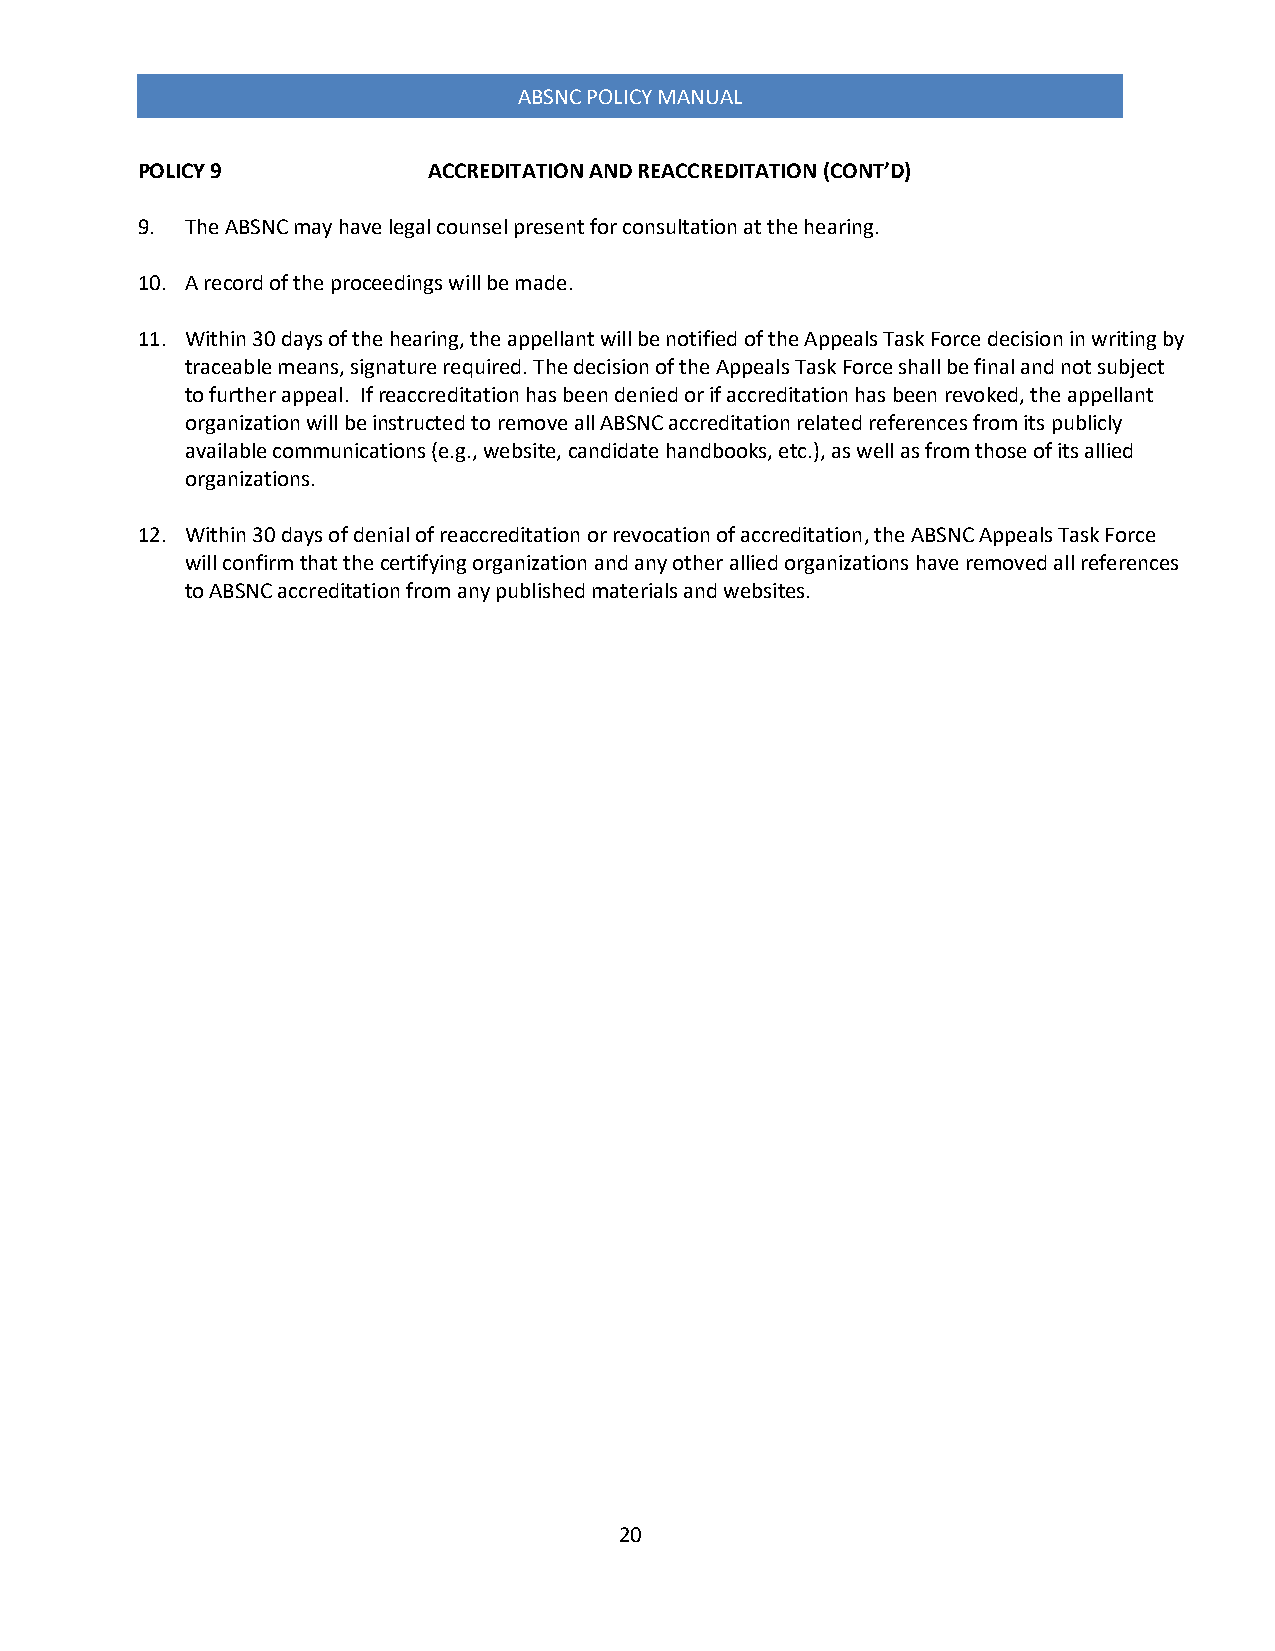
ABSNC POLICY MANUAL
 POLICY 9           ACCREDITATION AND REACCREDITATION (CONT’D)
 9. The ABSNC may have legal counsel present for consultation at the hearing.
 10. A record of the proceedings will be made.
 11. Within 30 days of the hearing, the appellant will be notified of the Appeals Task Force decision in writing by
 traceable means, signature required. The decision of the Appeals Task Force shall be final and not subject
 to further appeal. If reaccreditation has been denied or if accreditation has been revoked, the appellant
 organization will be instructed to remove all ABSNC accreditation related references from its publicly
 available communications (e.g., website, candidate handbooks, etc.), as well as from those of its allied
 organizations.
 12. Within 30 days of denial of reaccreditation or revocation of accreditation, the ABSNC Appeals Task Force
 will confirm that the certifying organization and any other allied organizations have removed all references
 to ABSNC accreditation from any published materials and websites.
 20